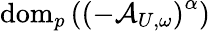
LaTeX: \mathrm{dom}_{p}\left(\left(-\mathcal{A}_{U,\omega}\right)^{\alpha}\right)